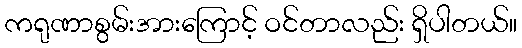
ကရုဏာစွမ်းအားကြောင့် ဝင်တာလည်း ရှိပါတယ်။